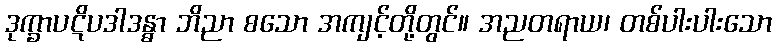
ဒုက္ခာပဋိပဒါဒန္ဓာ ဘိညာ စသော အကျင့်တို့တွင်။ အညတရာယ၊ တစ်ပါးပါးသော